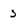
Character: 3